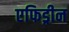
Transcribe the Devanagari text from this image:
एफिड्रीन